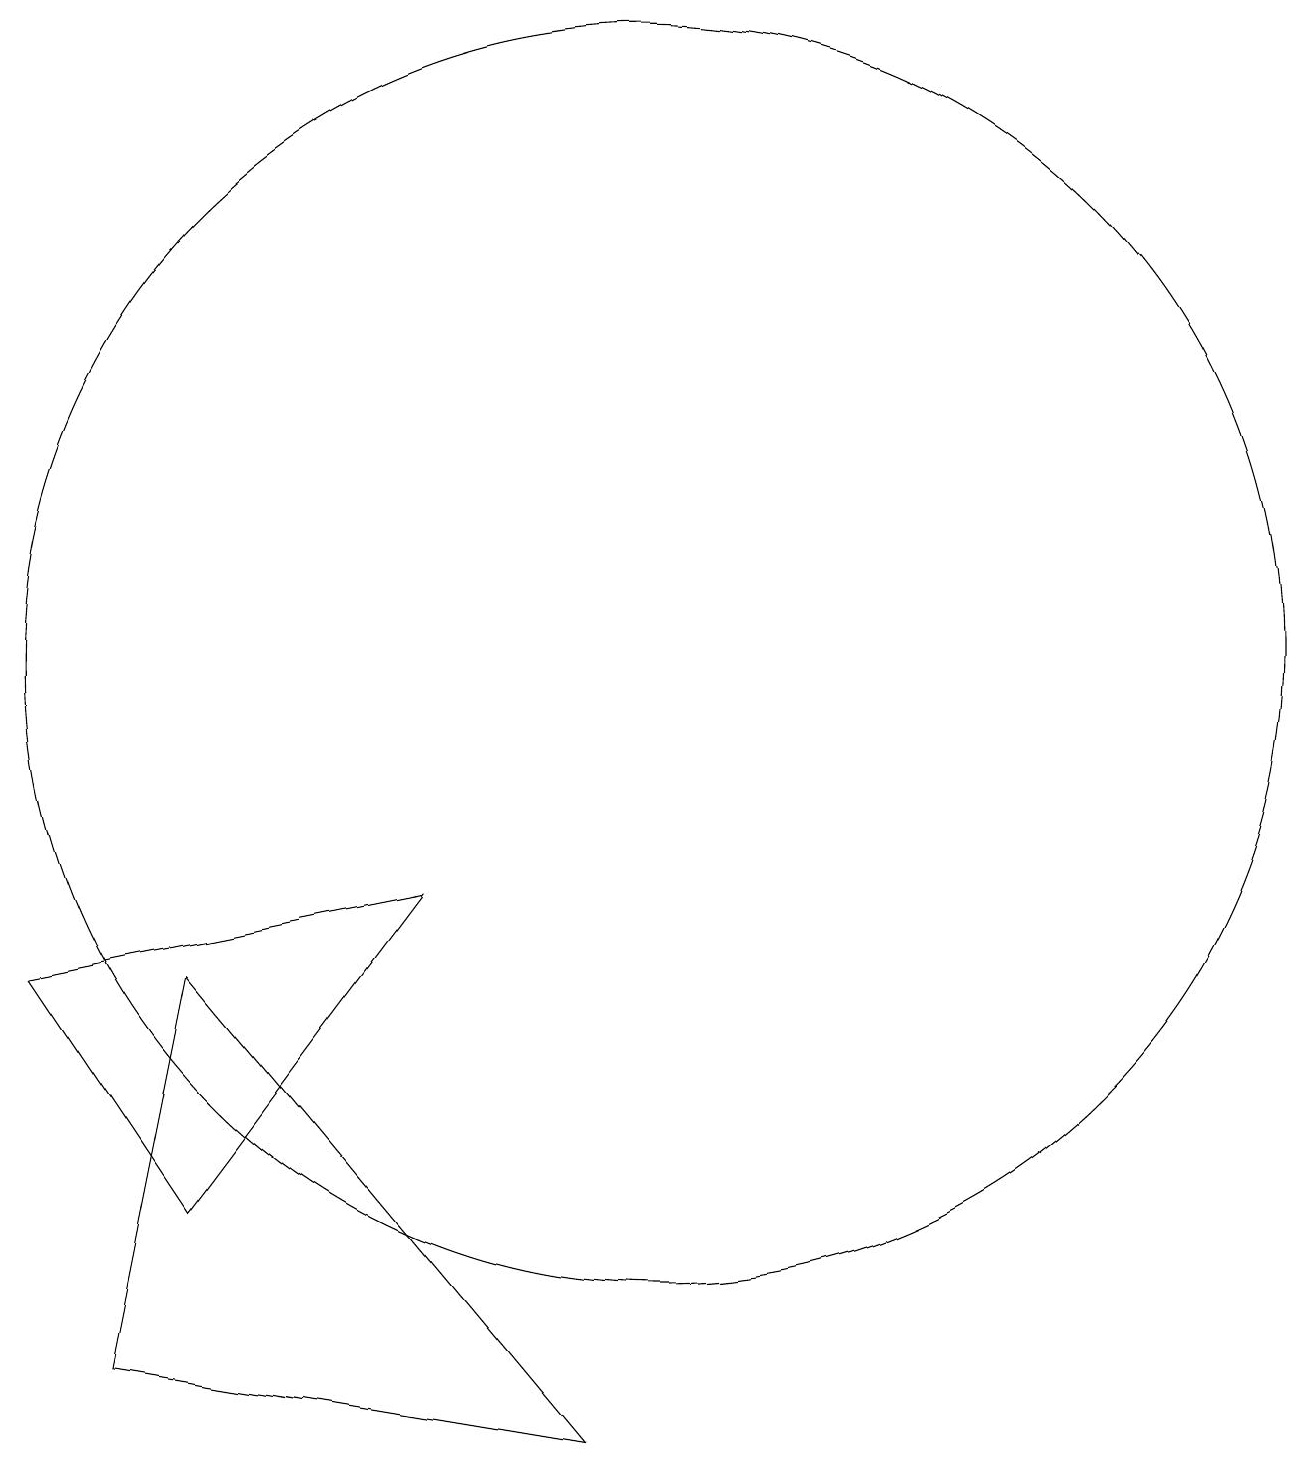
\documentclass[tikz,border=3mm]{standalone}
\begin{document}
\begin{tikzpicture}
\draw (9,2) -- (4,8) -- (3,3) -- cycle;
\draw (4,5) -- (2,8) -- (7,9) -- cycle;
\draw (10,12) circle (8);
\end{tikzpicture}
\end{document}